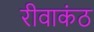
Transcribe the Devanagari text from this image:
रीवाकंठ